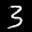
Label: 3